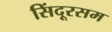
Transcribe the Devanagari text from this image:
सिंदूरसम